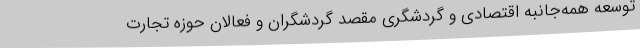
توسعه همه‌جانبه اقتصادی و گردشگری مقصد گردشگران و فعالان حوزه تجارت